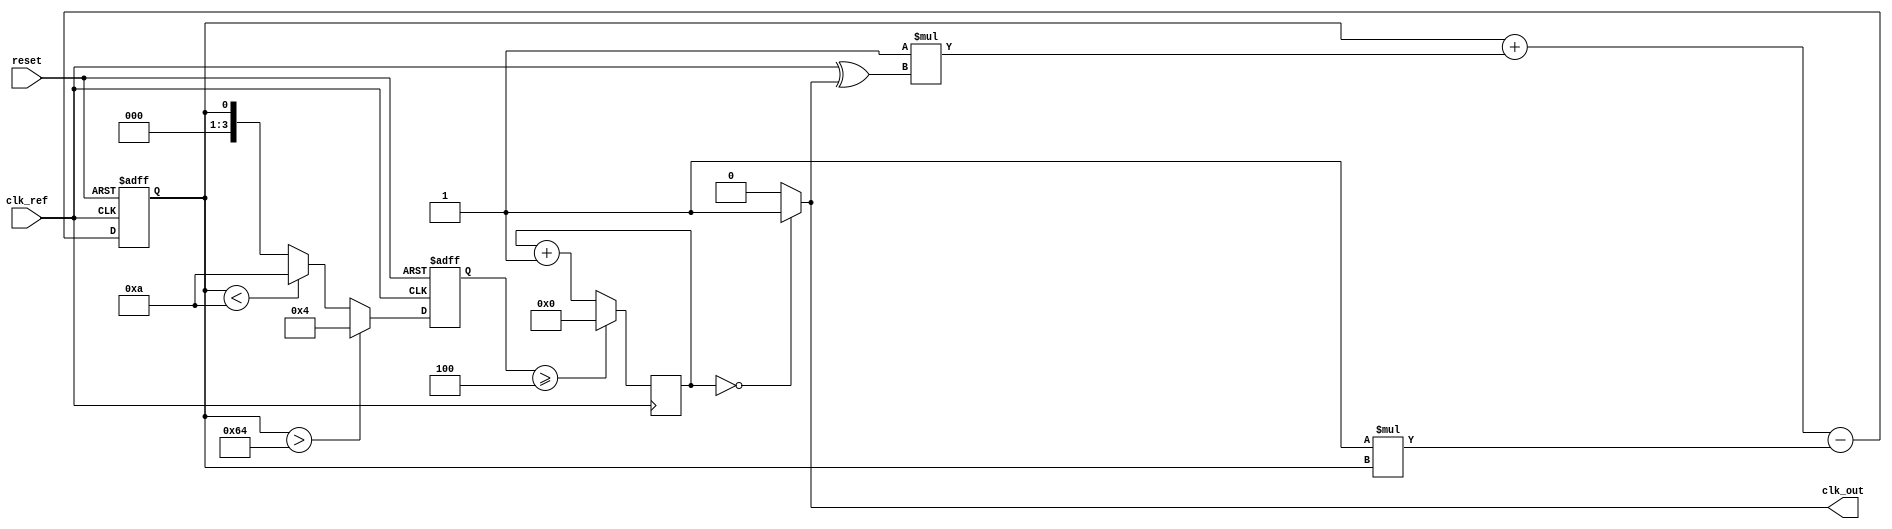
module PLL (
    input wire clk_ref,         // Reference clock input
    input wire reset,           // Active high reset
    output wire clk_out         // Output clock
);
    // Parameters for the PLL
    parameter DIV_FACTOR = 4;   // Frequency division factor
    parameter VCO_MAX_FREQ = 100; // Maximum VCO frequency
    parameter VCO_MIN_FREQ = 10;  // Minimum VCO frequency
    parameter K_PD = 1;          // Phase Detector constant
    parameter K_LF = 1;          // Loop Filter constant

    // Internal signals
    wire clk_fb;                // Feedback clock from VCO
    reg control_voltage;         // Control voltage for VCO
    reg [3:0] vco_counter;      // VCO counter for frequency generation
    reg [3:0] freq_divider;     // Frequency divider counter
    wire phase_error;           // Phase error signal

    // Phase Detector (PD)
    assign phase_error = clk_ref ^ clk_fb; // Simple XOR phase detector

    // Loop Filter (LF)
    always @(posedge clk_ref or posedge reset) begin
        if (reset) begin
            control_voltage <= 0; // Reset control voltage
        end else begin
            control_voltage <= control_voltage + (K_PD * phase_error) - (K_LF * control_voltage);
        end
    end

    // Voltage-Controlled Oscillator (VCO)
    always @(posedge clk_ref or posedge reset) begin
        if (reset) begin
            vco_counter <= 0; // Reset VCO counter
        end else begin
            if (control_voltage > VCO_MAX_FREQ) begin
                vco_counter <= VCO_MAX_FREQ;
            end else if (control_voltage < VCO_MIN_FREQ) begin
                vco_counter <= VCO_MIN_FREQ;
            end else begin
                vco_counter <= control_voltage; // Adjust VCO frequency based on control voltage
            end
        end
    end

    // Generate feedback clock from VCO
    always @(posedge clk_ref) begin
        if (vco_counter >= DIV_FACTOR) begin
            freq_divider <= 0; // Reset divider
        end else begin
            freq_divider <= freq_divider + 1; // Increment divider
        end
    end

    assign clk_fb = (freq_divider == 0) ? 1'b1 : 1'b0; // Generate feedback clock

    // Output clock
    assign clk_out = clk_fb;

endmodule